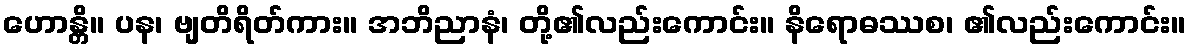
ဟောန္တိ။ ပန၊ ဗျတိရိတ်ကား။ အဘိညာနံ၊ တို့၏လည်းကောင်း။ နိရောဓဿစ၊ ၏လည်းကောင်း။